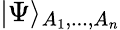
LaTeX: \vert\Psi\rangle_{A_{1},...,A_{n}}